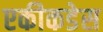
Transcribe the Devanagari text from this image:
एकीकडेस